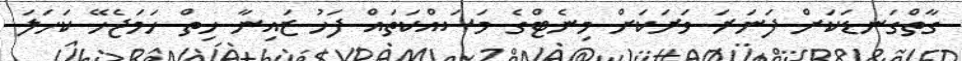
ގާތްގަނޑަކަށް ފަނަރަ ވަރަކަށް މިނެޓްގެ މަސައްކަތައް ފަހު ޒައިނާ ހިތް ހަމަޖެހޭ ކަހަލަ